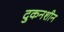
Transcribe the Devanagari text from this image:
दुकनशीन